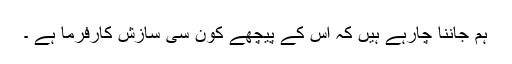
ہم جاننا چارہے ہیں کہ اس کے پیچھے کون سی سازش کارفرما ہے ۔